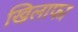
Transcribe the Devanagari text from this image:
खिलाफा